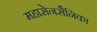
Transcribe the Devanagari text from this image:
महासेनसैनिका